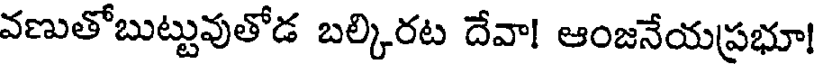
వణుతోబుట్టువుతోడ బల్కిరట దేవా! ఆంజనేయప్రభూ!